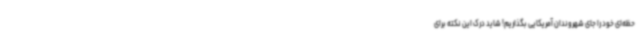
حظه‌ای خود را جای شهروندان آمریکایی بگذاریم! شاید درک این نکته برای